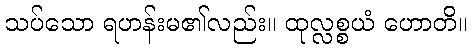
သပ်သော ရဟန်းမ၏လည်း။ ထုလ္လစ္စယံ ဟောတိ။